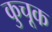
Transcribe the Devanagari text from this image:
कुचूक